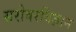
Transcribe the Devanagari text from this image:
सरोवरविज्ञान